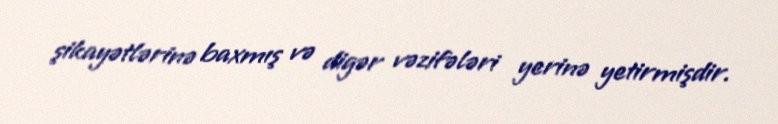
şikayətlərinə baxmış və digər vəzifələri yerinə yetirmişdir.